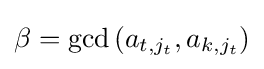
\beta =\gcd \left(a_{t,j_{t}},a_{k,j_{t}}\right)